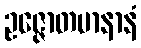
ဥဇ္ဇောတမာနာနံ